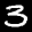
Label: 3